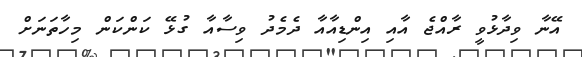
އޭނާ ވިދާޅުވީ ރާއްޖެ އާއި އިންޑިއާއާ ދެމެދު ވިސާއާ ގުޅޭ ކަންކަން މިހާތަނަށް